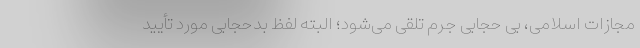
مجازات اسلامی، بی حجابی جرم تلقی می‌شود؛ البته لفظ بدحجابی مورد تأیید